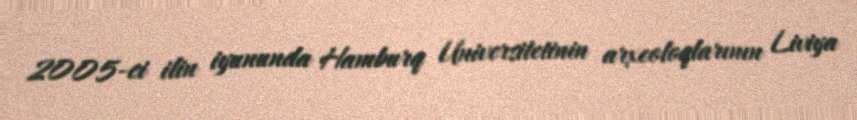
2005-ci ilin iyununda Hamburq Universitetinin arxeoloqlarının Liviya